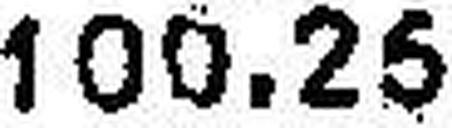
100.25